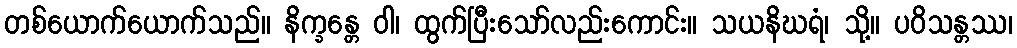
တစ်ယောက်ယောက်သည်။ နိက္ခန္တေ ဝါ၊ ထွက်ပြီးသော်လည်းကောင်း။ သယနိဃရံ၊ သို့။ ပဝိသန္တဿ၊